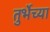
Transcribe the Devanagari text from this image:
तुर्भेच्या